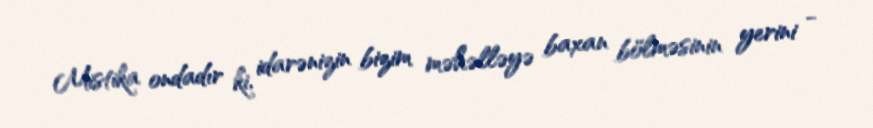
Mistika ondadır ki, idarənizin bizim məhəlləyə baxan bölməsinin yerini -